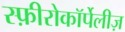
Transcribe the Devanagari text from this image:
स्फ़ीरोकॉर्पेलीज़